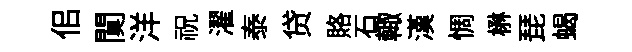
佀闃洋祝濯泰贷賂石輙漢惆楙琵蝎